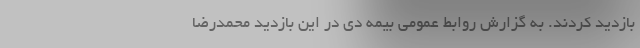
بازدید کردند. به گزارش روابط عمومی بیمه دی در این بازدید محمدرضا